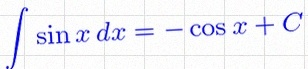
\int \sin x\,dx=-\cos x+C